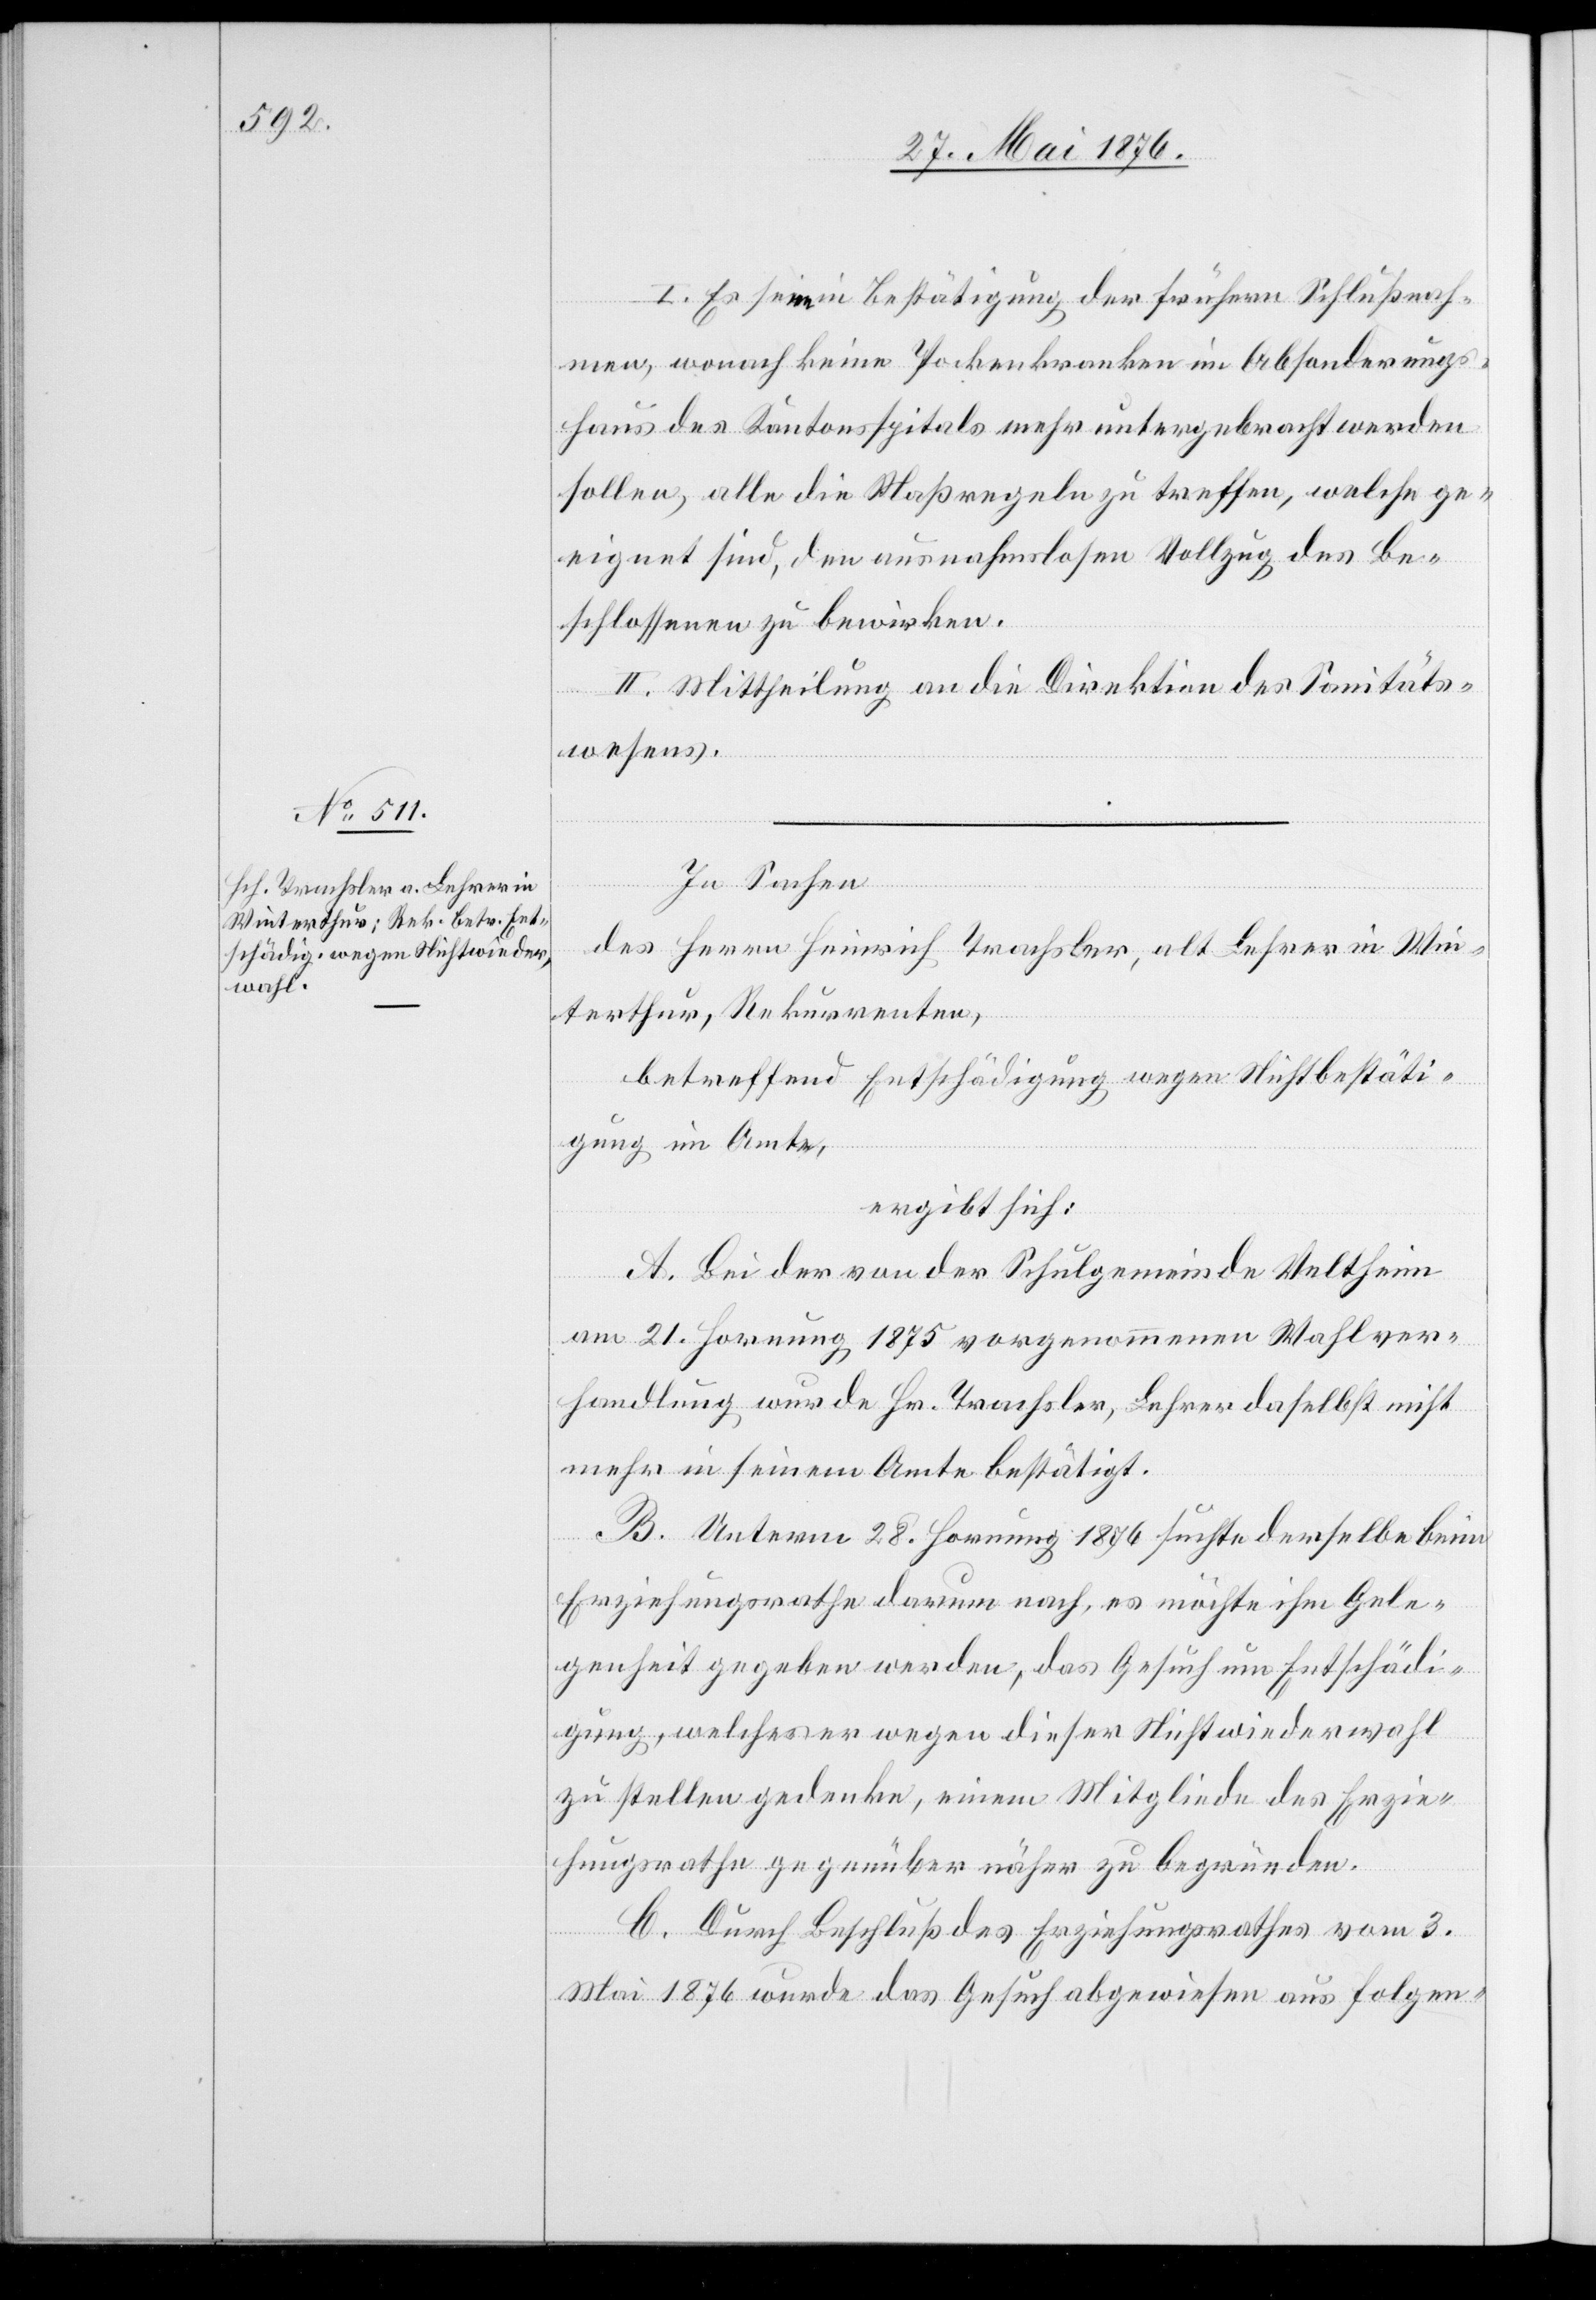
I. Es sei in Bestätigung der frühern Schlußnah¬
men, wonach keine Pockenkranken im Absonderungs¬
haus des Kantonsspitals mehr untergebracht werden
sollen, alle die Maßregeln zu treffen, welche ge¬
eignet sind, den ausnahmslosen Vollzug des Be¬
schlossenen zu bewirken.
II. Mittheilung an die Direktion des Sanitäts¬
wesens.
In Sachen
des Herrn Heinrich Trachsler, alt Lehrer in Win¬
terthur, Rekurrenten,
betreffend Entschädigung wegen Nichtbestäti¬
gung im Amte,
ergibt sich:
A. Bei der von der Schulgemeinde Veltheim
am 21. Hornung 1875 vorgenommenen Wahlver¬
handlung wurde Hr. Trachsler, Lehrer daselbst nicht
mehr in seinem Amte bestätigt.
B. Unterm 28. Hornung 1876 suchte derselbe beim
Erziehungsrathe darum nach, es möchte ihm Gele¬
genheit gegeben werden, das Gesuch um Entschädi¬
gung, welches er wegen dieser Nichtwiederwahl
zu stellen gedenke, einem Mitgliede des Erzie¬
hungsrathe[s] gegenüber näher zu begründen.
C. Durch Beschluß des Erziehungsrathes vom 3.
Mai 1876 wurde das Gesuch abgewiesen aus folgen-